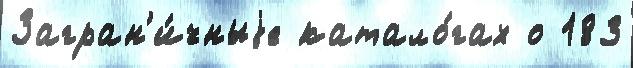
Загран'и́чныjе катало́гах о 183